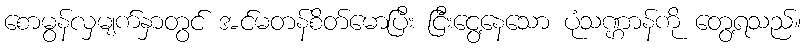
စောမွန်လှမျက်နှာတွင် အင်မတန်စိတ်မောပြီး ငြီးငွေ့နေသော ပုံသဏ္ဌာန်ကို တွေ့ရသည်။